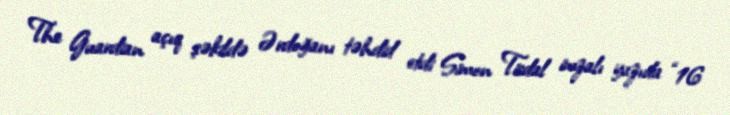
The Guardian açıq şəkildə Ərdoğanı təhdid etdi Simon Tisdal imzalı yazıda “16